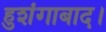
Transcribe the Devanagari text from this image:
हुशंगाबाद।